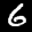
Label: 6